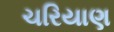
ચરિયાણ